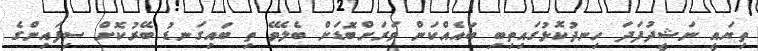
ތިޔައީ ނަޝީދުފަދަ ހިނދުކޮޅުގައިތިބި ބައެއްކަން ވަރަށްބޮޑަށް ބެލެވޭ ތި ބައިގަނޑު ބޭރުކޮށް ސިފައިންގެ